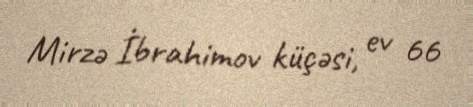
Mirzə İbrahimov küçəsi, ev 66